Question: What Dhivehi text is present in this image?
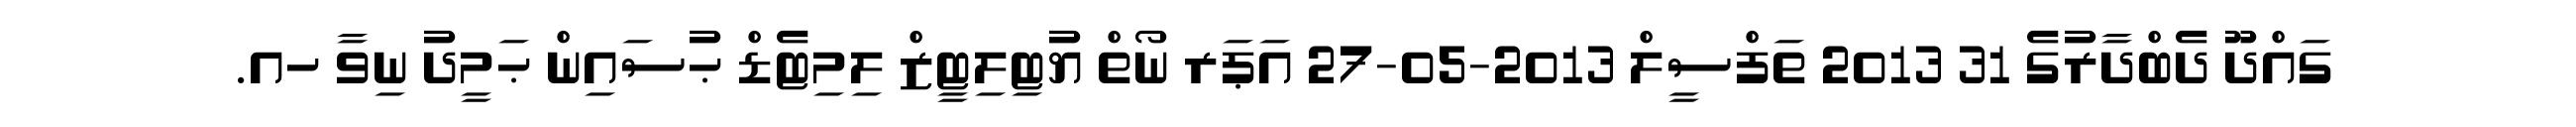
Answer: ގައްދޫ ދެބްދާރުގެ 31 2013 ތަފްސީލް 2013-05-27 އަޕަރ ނޯތް ޔުޓިލިޓީޒް ލިމިޓެޑް ޙުސައިން ޙަމީދު ނިވާ ހއ.